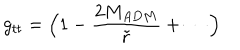
g _ { t t } = \Big ( 1 - { \frac { 2 M _ { A D M } } { \tilde { r } } } + \cdots \Big )